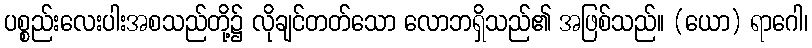
ပစ္စည်းလေးပါးအစသည်တို့၌ လိုချင်တတ်သော လောဘရှိသည်၏ အဖြစ်သည်။ (ယော) ရာဂေါ၊